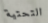
التحتية